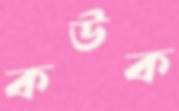
কউক